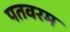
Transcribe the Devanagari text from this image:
पतवरम